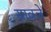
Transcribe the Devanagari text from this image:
सावले